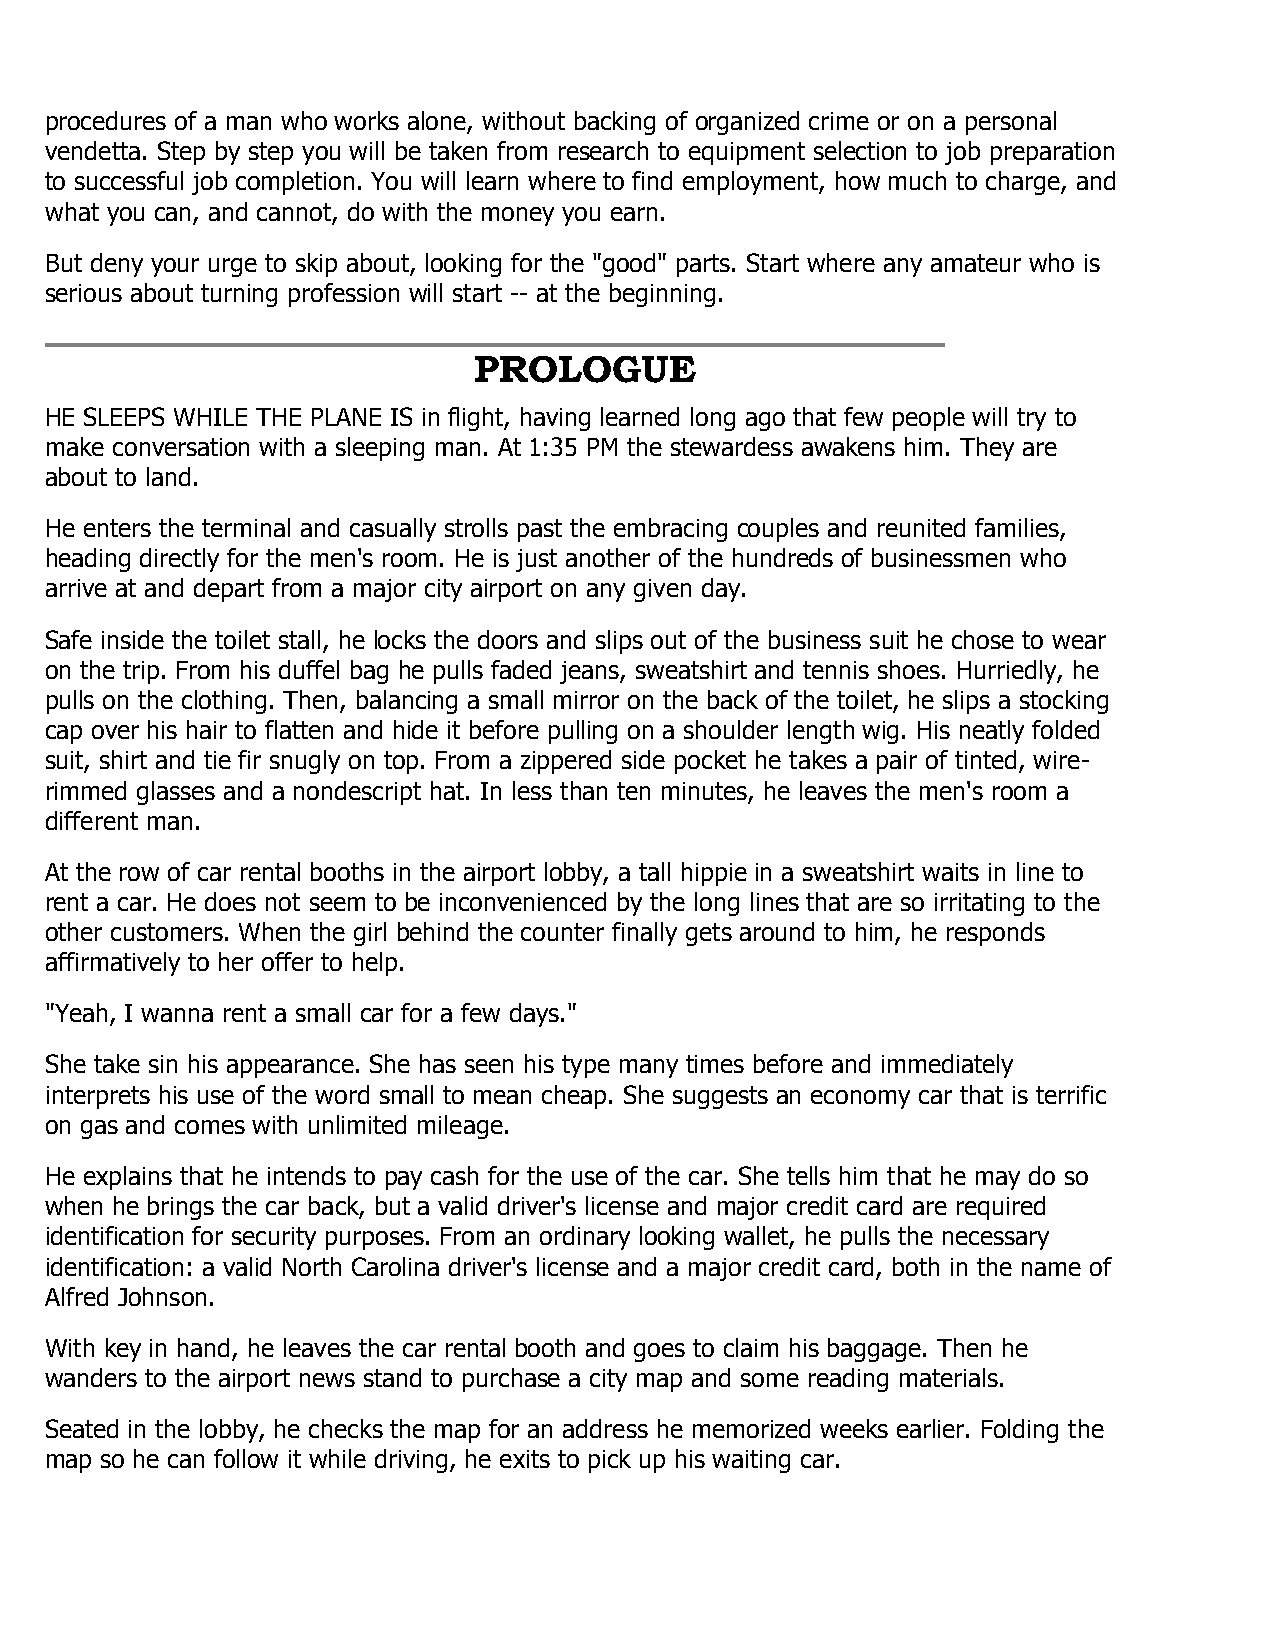
procedures of a man who works alone, without backing of organized crime or on a personal
 vendetta. Step by step you will be taken from research to equipment selection to job preparation
 to successful job completion. You will learn where to find employment, how much to charge, and
 what you can, and cannot, do with the money you earn.
 But deny your urge to skip about, looking for the "good" parts. Start where any amateur who is
 serious about turning profession will start -- at the beginning.
 PROLOGUE
 HE SLEEPS WHILE THE PLANE IS in flight, having learned long ago that few people will try to
 make conversation with a sleeping man. At 1:35 PM the stewardess awakens him. They are
 about to land.
 He enters the terminal and casually strolls past the embracing couples and reunited families,
 heading directly for the men's room. He is just another of the hundreds of businessmen who
 arrive at and depart from a major city airport on any given day.
 Safe inside the toilet stall, he locks the doors and slips out of the business suit he chose to wear
 on the trip. From his duffel bag he pulls faded jeans, sweatshirt and tennis shoes. Hurriedly, he
 pulls on the clothing. Then, balancing a small mirror on the back of the toilet, he slips a stocking
 cap over his hair to flatten and hide it before pulling on a shoulder length wig. His neatly folded
 suit, shirt and tie fir snugly on top. From a zippered side pocket he takes a pair of tinted, wire-
 rimmed glasses and a nondescript hat. In less than ten minutes, he leaves the men's room a
 different man.
 At the row of car rental booths in the airport lobby, a tall hippie in a sweatshirt waits in line to
 rent a car. He does not seem to be inconvenienced by the long lines that are so irritating to the
 other customers. When the girl behind the counter finally gets around to him, he responds
 affirmatively to her offer to help.
 "Yeah, I wanna rent a small car for a few days."
 She take sin his appearance. She has seen his type many times before and immediately
 interprets his use of the word small to mean cheap. She suggests an economy car that is terrific
 on gas and comes with unlimited mileage.
 He explains that he intends to pay cash for the use of the car. She tells him that he may do so
 when he brings the car back, but a valid driver's license and major credit card are required
 identification for security purposes. From an ordinary looking wallet, he pulls the necessary
 identification: a valid North Carolina driver's license and a major credit card, both in the name of
 Alfred Johnson.
 With key in hand, he leaves the car rental booth and goes to claim his baggage. Then he
 wanders to the airport news stand to purchase a city map and some reading materials.
 Seated in the lobby, he checks the map for an address he memorized weeks earlier. Folding the
 map so he can follow it while driving, he exits to pick up his waiting car.